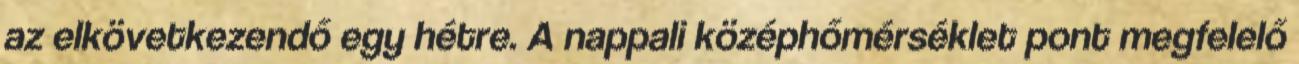
az elkövetkezendő egy hétre. A nappali középhőmérséklet pont megfelelő